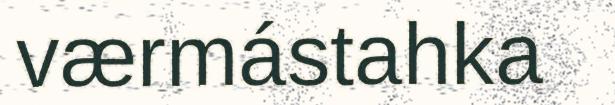
værmástahka